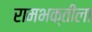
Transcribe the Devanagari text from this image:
रामभक्तीला